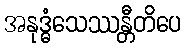
အနုဒ္ဓံသေဿန္တီတိပေ